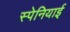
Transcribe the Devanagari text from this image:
स्‍पेनियाई